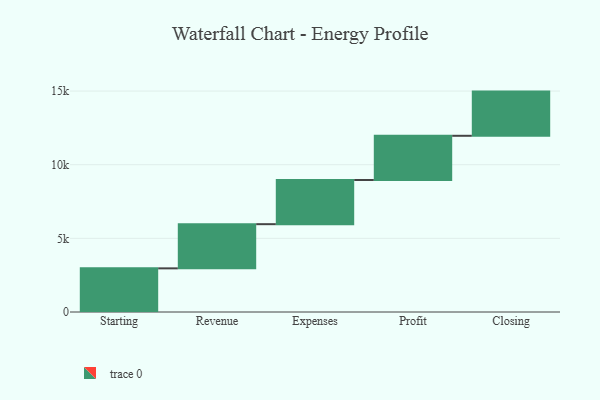
{"axis": {"x": "Step", "y": "Value"}, "legend": [""], "data": [{"x": "Starting", "y": 2963.0, "type": ""}, {"x": "Revenue", "y": 3000, "type": ""}, {"x": "Expenses", "y": 3000, "type": ""}, {"x": "Profit", "y": 3000, "type": ""}, {"x": "Closing", "y": 3000, "type": ""}]}